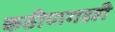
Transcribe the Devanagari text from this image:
कठीणगडही